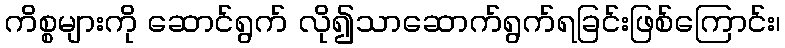
ကိစ္စများကို ဆောင်ရွက် လို၍သာဆောက်ရွက်ရခြင်းဖြစ်ကြောင်း၊